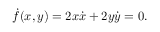
{ \dot { f } } ( x , y ) = 2 x { \dot { x } } + 2 y { \dot { y } } = 0 .